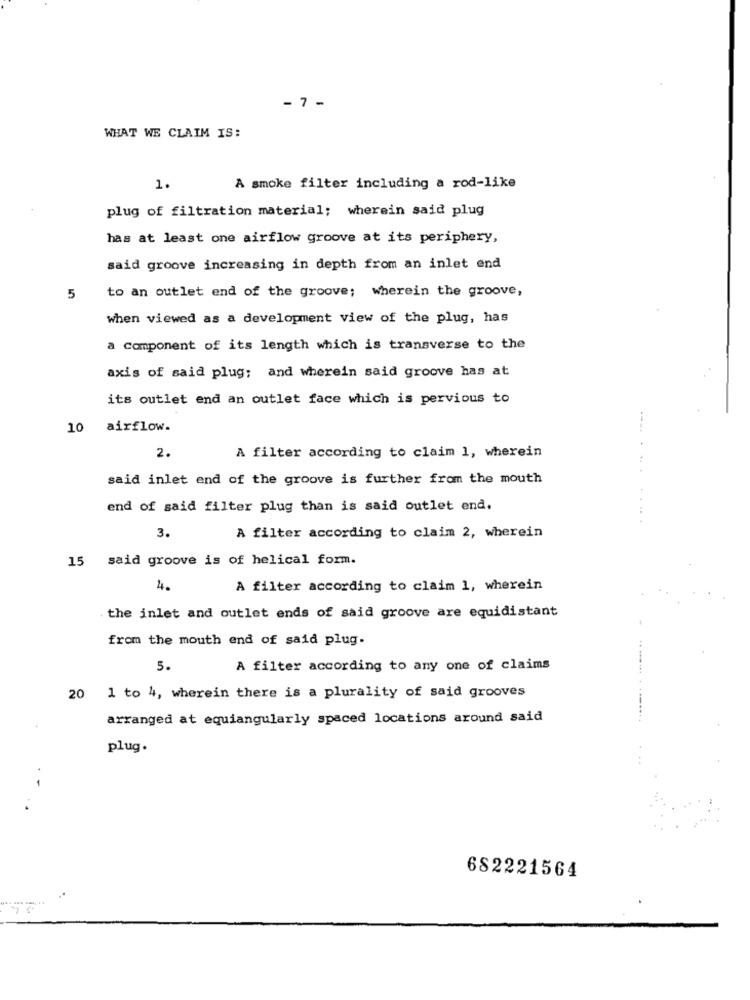
- 7 -
WHAT WE CLAIM IS:
1.
A smoke filter including a rod-like
plug of filtration material; wherein said plug
has at least one airflow groove at its periphery,
said groove increasing in depth from an inlet end
to an outlet end of the groove; wherein the groove,
5
when viewed as a development view of the plug, has
a component of its length which is transverse to the
axis of said plug; and wherein said groove has at
its outlet end an outlet face which is pervious to
10 airflow.
A filter according to claim 1, wherein
2.
said inlet end of the groove is further from the mouth
end of said filter plug than is said outlet end.
3.
A filter according to claim 2, wherein
15 said groove is of helical form.
4.
A filter according to claim 1, wherein
. the inlet and outlet ends of said groove are equidistant
from the mouth end of said plug.
5.
A filter according to any one of claims
20 1 to 4, wherein there is a plurality of said grooves
arranged at equiangularly spaced locations around said
plug.
-
682221564